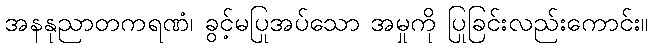
အနနုညာတကရဏံ၊ ခွင့်မပြုအပ်သော အမှုကို ပြုခြင်းလည်းကောင်း။